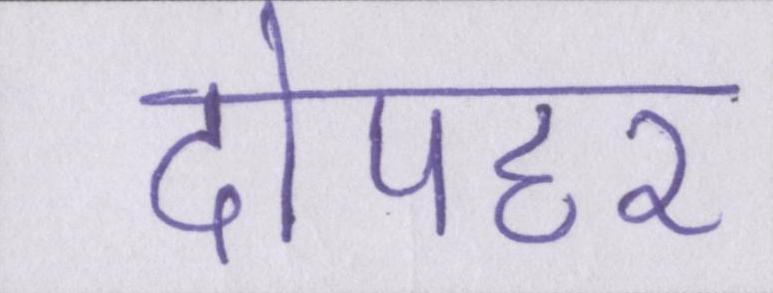
दोपहर